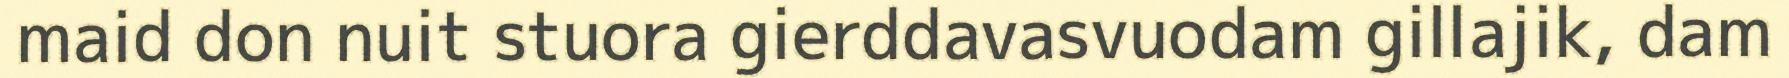
maid don nuit stuora gierddavasvuodam gillajik, dam